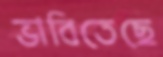
ভাবিতেছে